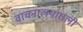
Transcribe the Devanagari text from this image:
वाचनालयातली